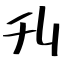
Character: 刋